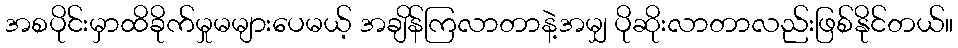
အစပိုင်းမှာထိခိုက်မှုမများပေမယ့် အချိန်ကြလာတာနဲ့အမျှ ပိုဆိုးလာတာလည်းဖြစ်နိုင်တယ်။